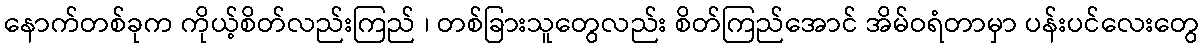
နောက်တစ်ခုက ကိုယ့်စိတ်လည်းကြည် ၊ တစ်ခြားသူတွေလည်း စိတ်ကြည်အောင် အိမ်ဝရံတာမှာ ပန်းပင်လေးတွေ